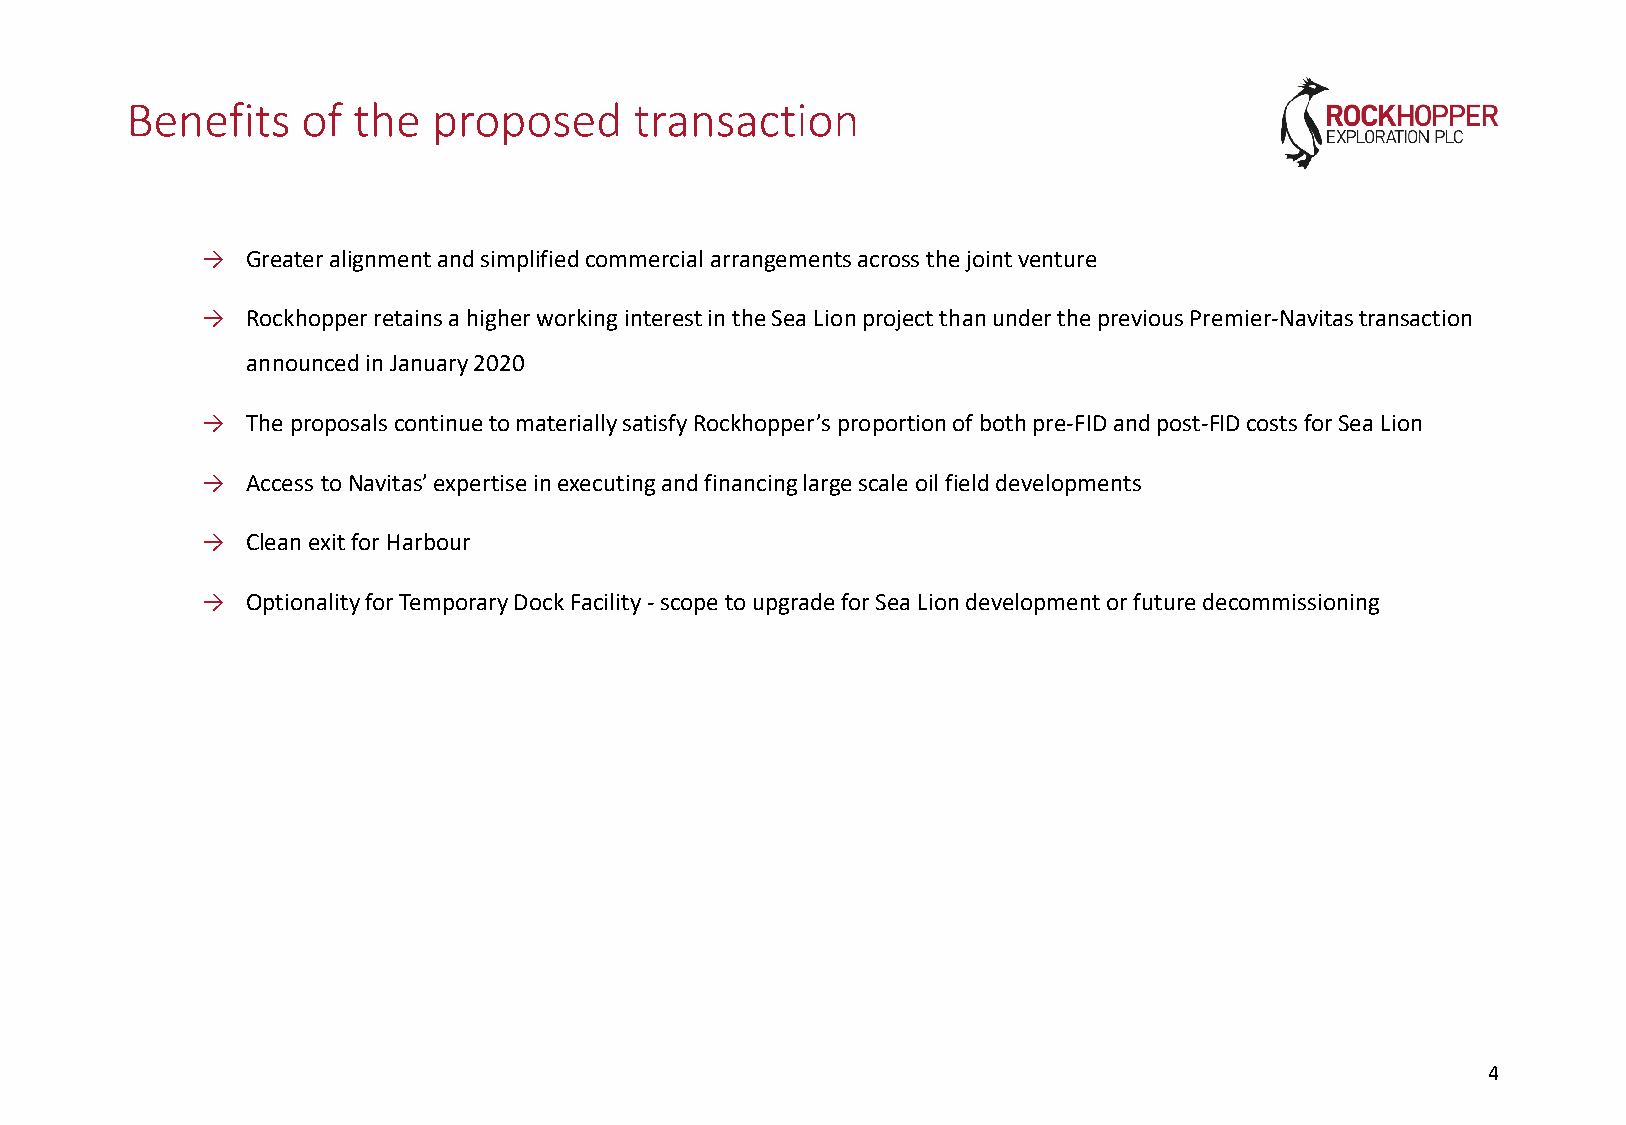
Benefits    of the   proposed     transaction
 →  Greater alignment and simplified commercial arrangements across the joint venture
 →  Rockhopper retains a higher working interest in the Sea Lion project than under the previous Premier-Navitastransaction
 announced in January 2020
 →  The proposals continue to materially satisfy Rockhopper’s proportion of both pre-FID and post-FID costs for Sea Lion
 →  Access to Navitas’ expertise in executing and financing large scale oil field developments
 →  Clean exit for Harbour
 →  Optionality for Temporary Dock Facility -scope to upgrade for Sea Lion development or future decommissioning
 44